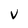
Character: v